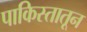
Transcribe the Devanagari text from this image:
पाकिस्तातून